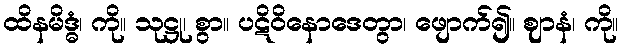
ထိနမိဒ္ဓံ၊ ကို။ သုဋ္ဌု၊ စွာ။ ပဋိဝိနောဒေတွာ၊ ဖျောက်၍။ ဈာနံ၊ ကို။